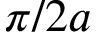
\pi / 2 a